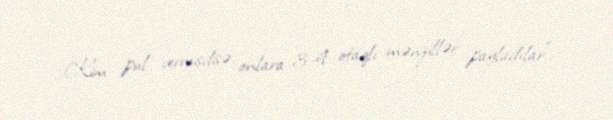
Kim pul vermişdisə, onlara 3-4 otaqlı mənzillər payladılar”.